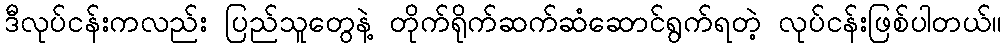
ဒီလုပ်ငန်းကလည်း ပြည်သူတွေနဲ့ တိုက်ရိုက်ဆက်ဆံဆောင်ရွက်ရတဲ့ လုပ်ငန်းဖြစ်ပါတယ်။